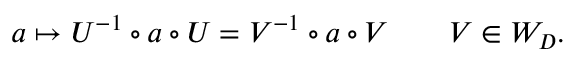
a \mapsto U ^ { - 1 } \circ a \circ U = V ^ { - 1 } \circ a \circ V \qquad V \in W _ { D } .